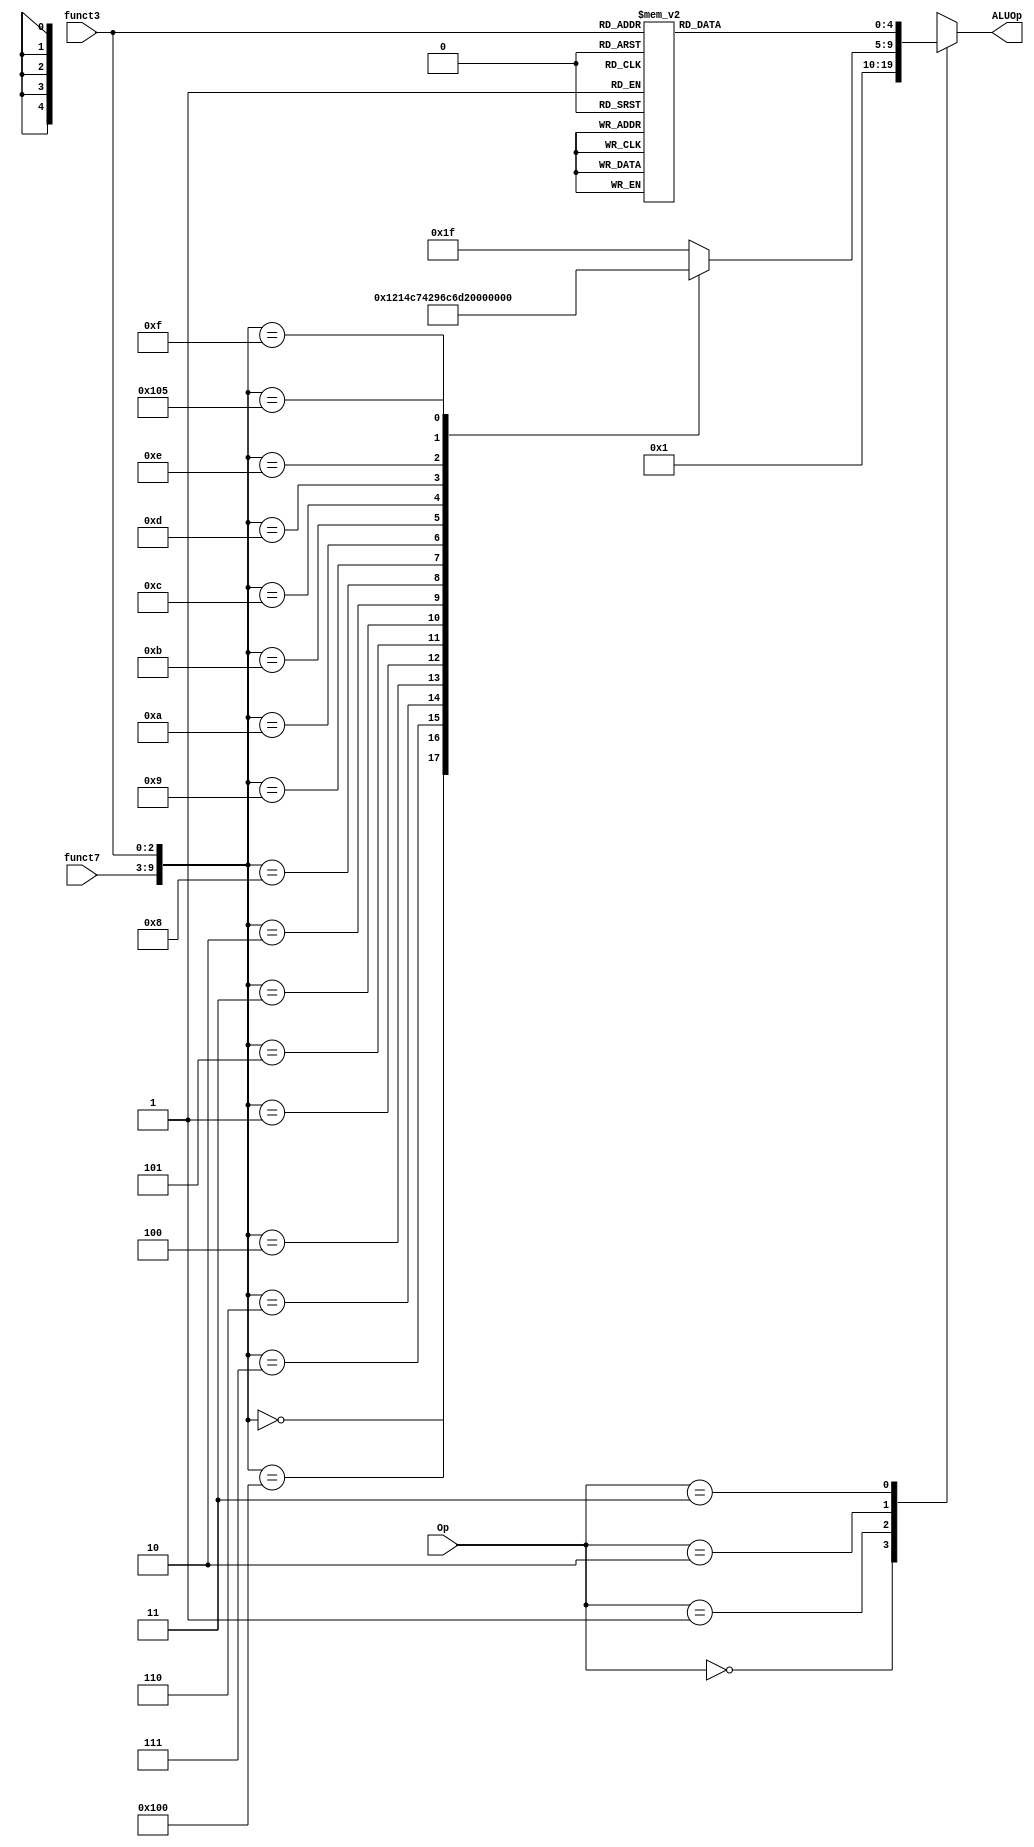
`timescale 1ns / 1ps

module ALU_control(funct3,funct7,Op,ALUOp);
    input [2:0] funct3;
    input [6:0] funct7;
    input [1:0] Op;
    output reg [4:0] ALUOp;
    
   always @(*) begin
        case (Op)
            2'b00: ALUOp = 5'b00000; // Add (for addresses)
            2'b01: ALUOp = 5'b00001; // Subtract (for comparison)
            2'b10: begin
                   case ({funct7, funct3})
                    10'b0000000000: ALUOp = 5'b00000; // Addition
                    10'b0100000000: ALUOp = 5'b00001; // Subtraction
                    10'b0000000111: ALUOp = 5'b00100; // AND
                    10'b0000000110: ALUOp = 5'b00101; // OR
                    10'b0000000100: ALUOp = 5'b00110; // XOR
                    10'b0000000001: ALUOp = 5'b00111; // Logical Left Shift (LLS)
                    10'b0000000101: ALUOp = 5'b01000; // Logical Right Shift (LRS)
                    10'b0000000011: ALUOp = 5'b01010; // Set Less Than (SLT)
                    10'b0000000010: ALUOp = 5'b01011; // Set Less Than (SLT) signed
                    10'b0000001000: ALUOp = 5'b01100; // signed Multiply LSB
                    10'b0000001001: ALUOp = 5'b01101; // signed Multiply MSB
                    10'b0000001010: ALUOp = 5'b10100; // Signed Multiply Unsigned Operand
                    10'b0000001011: ALUOp = 5'b10001; // Unsigned Multiply Signed Operand
                    10'b0000001100: ALUOp = 5'b10010; // Signed Division
                    10'b0000001101: ALUOp = 5'b01110; // Unsigned Division
                    10'b0000001110: ALUOp = 5'b10011; // Signed Remainder
                    10'b0000001111: ALUOp = 5'b01111; // Unsigned Remainder
                    10'b0100000101: ALUOp = 5'b01001; // Unsigned Remainder
                   default: ALUOp = 5'b11111; // Default
                endcase
            end
            2'b11: begin
                case (funct3)
                    3'b000: ALUOp = 5'b00000; // Immediate Addition
                    3'b111: ALUOp = 5'b00100; // Immediate AND
                    3'b110: ALUOp = 5'b00101; // Immediate OR
                    3'b100: ALUOp = 5'b00110; // Immediate XOR
                    3'b001: ALUOp = 5'b00111; // Immediate Logical Left Shift
                    3'b101: ALUOp = 5'b01000; // Immediate Logical Right Shift
                    3'b011: ALUOp = 5'b01010; // Immediate Set Less Than
                    3'b010: ALUOp = 5'b01011; // Immediate Set Less Than signed
                   default: ALUOp = 5'b11111; // Default 
                endcase
            end
           default: ALUOp = 5'b11111; // Default 
        endcase
    end
endmodule